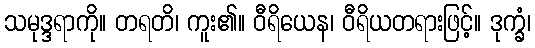
သမုဒ္ဒရာကို။ တရတိ၊ ကူး၏။ ဝီရိယေန၊ ဝီရိယတရားဖြင့်။ ဒုက္ခံ၊